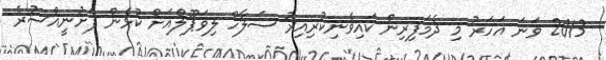
2013 ވަނަ އަހަރު މި ދެމަފިރިން ކައިވެނިކުރިއިރު ސަލާހް ލިވަޕޫލްއަށް ކުޅެން ފެށުނީއްސުރެ